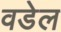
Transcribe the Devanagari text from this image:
वडेल